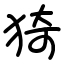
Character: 猗